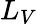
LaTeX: L_{V}